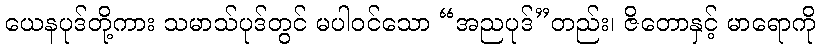
ယေနပုဒ်တို့ကား သမာသ်ပုဒ်တွင် မပါဝင်သော “အညပုဒ်”တည်း၊ ဇိတောနှင့် မာရောကို